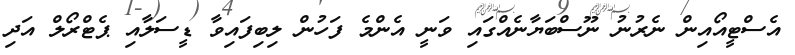
އެސްޓީއޯއިން ނެރުނު ނޫސްބަޔާނެއްގައި ވަނީ އެންމެ ފަހުން ލިބިފައިވާ ޑީސަލާއި ޕެޓްރޯލް އަދި